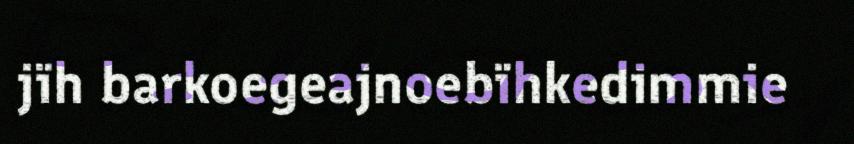
jïh barkoegeajnoebïhkedimmie